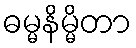
ဓမ္မနိမ္မိတာ